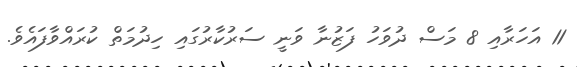
11 އަހަރާއި 8 މަސް ދުވަހު ފަޒުނާ ވަނީ ސަރުކާރުގައި ހިދުމަތް ކުރައްވާފައެވެ.